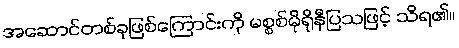
အဆောင်တစ်ခုဖြစ်ကြောင်းကို မစ္စစ်မိုရိုနီပြသဖြင့် သိရ၏။